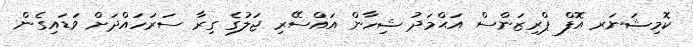
ކޮމިޝަނަރ އޮފް ޕްރިޒަންސް އަޙްމަދު ޝިހާން އައްސޭރި ޖަލުގެ ގިރާ ސަރަހައްދަށް ވަޑައިގެން